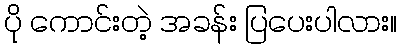
ပို ကောင်းတဲ့ အခန်း ပြပေးပါလား။